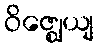
ဝိဇ္ဈေယျ